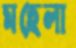
মহেলা